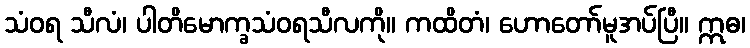
သံဝရ သီလံ၊ ပါတိမောက္ခသံဝရသီလကို။ ကထိတံ၊ ဟောတော်မူအပ်ပြီ။ ဣဓ၊